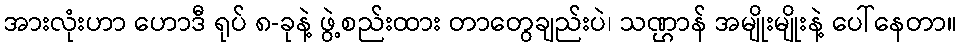
အားလုံးဟာ ဟောဒီ ရုပ် ၈-ခုနဲ့ ဖွဲ့စည်းထား တာတွေချည်းပဲ၊ သဏ္ဌာန် အမျိုးမျိုးနဲ့ ပေါ်နေတာ။